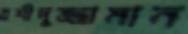
রশীদুজ্জামান